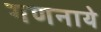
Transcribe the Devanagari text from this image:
गणनाये